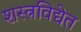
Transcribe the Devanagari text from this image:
शस्त्रविद्येत